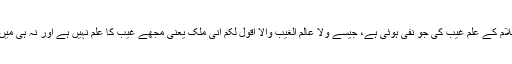
قرآن کریم کی کچھ آیتوں میں پیغمبر اسلام کے علم غیب کی جو نفی ہوئی ہے، جیسے ولا عالم الغیب والا اقول لکم انی ملک یعنی مجھے غیب کا علم نہیں ہے اور نہ ہی میں تم سے یہ کہتا ہوں کہ میں فرشتہ ہوں۔